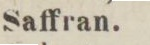
Saffran.